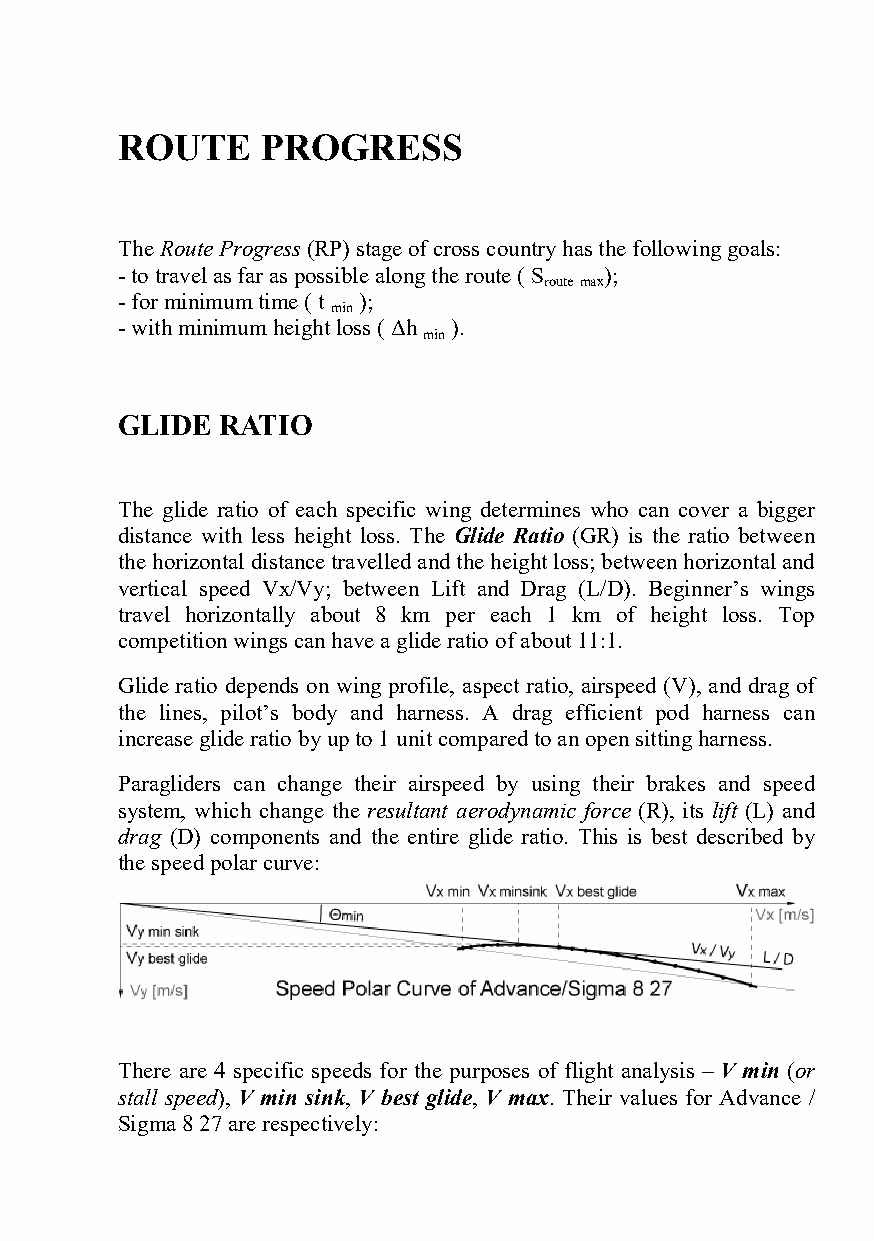
ROUTE    PROGRESS
 The Route Progress (RP) stage of cross country has the following goals:
 - to travel as far as possible along the route ( S );
 routemax
 - for minimum time ( t );
 min
 - with minimum height loss ( Δh ).
 min
 GLIDE  RATIO
 The glide ratio of each specific wing determines who can cover a bigger
 distance with less height loss. The Glide Ratio (GR) is the ratio between
 the horizontal distance travelled and the height loss; between horizontal and
 vertical speed Vx/Vy; between Lift and Drag (L/D). Beginner’s wings
 travel horizontally about 8 km per each 1 km of height loss. Top
 competition wings can have a glide ratio of about 11:1.
 Glide ratio depends on wing profile, aspect ratio, airspeed (V), and drag of
 the lines, pilot’s body and harness. A drag efficient pod harness can
 increase glide ratio by up to 1 unit compared to an open sitting harness.
 Paragliders can change their airspeed by using their brakes and speed
 system, which change the resultant aerodynamic force (R), its lift (L) and
 drag (D) components and the entire glide ratio. This is best described by
 the speed polar curve:
 There are 4 specific speeds for the purposes of flight analysis – V min (or
 stall speed), V min sink, V best glide, V max. Their values for Advance /
 Sigma 8 27 are respectively: